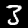
Digit: 3